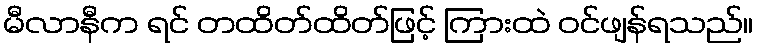
မီလာနီက ရင် တထိတ်ထိတ်ဖြင့် ကြားထဲ ဝင်ဖျန်ရသည်။